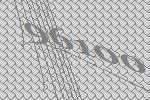
96100